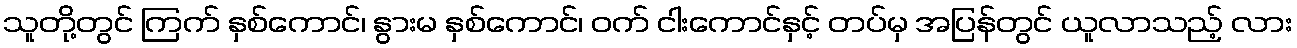
သူတို့တွင် ကြက် နှစ်ကောင်၊ နွားမ နှစ်ကောင်၊ ဝက် ငါးကောင်နှင့် တပ်မှ အပြန်တွင် ယူလာသည့် လား